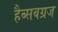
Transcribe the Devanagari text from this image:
हैब्सबग्रज